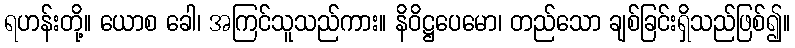
ရဟန်းတို့။ ယောစ ခေါ၊ အကြင်သူသည်ကား။ နိဝိဋ္ဌပေမော၊ တည်သော ချစ်ခြင်းရှိသည်ဖြစ်၍။